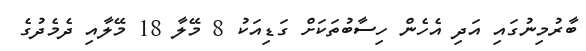
ބާރުމިނުގައި އަދި އެހެން ހިސާބުތަކަށް ގަޑިއަކު 8 މޭލާ 18 މޭލާއި ދެމެދުގެ